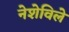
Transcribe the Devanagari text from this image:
नेशेविले